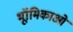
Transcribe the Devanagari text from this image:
भूॉमिकाओ